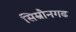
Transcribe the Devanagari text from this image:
सिम्रौनगढ